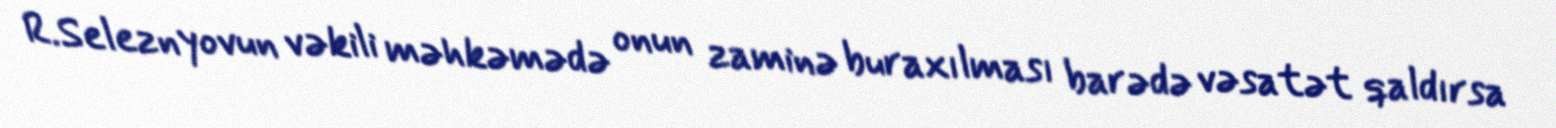
R.Seleznyovun vəkili məhkəmədə onun zaminə buraxılması barədə vəsatət qaldırsa